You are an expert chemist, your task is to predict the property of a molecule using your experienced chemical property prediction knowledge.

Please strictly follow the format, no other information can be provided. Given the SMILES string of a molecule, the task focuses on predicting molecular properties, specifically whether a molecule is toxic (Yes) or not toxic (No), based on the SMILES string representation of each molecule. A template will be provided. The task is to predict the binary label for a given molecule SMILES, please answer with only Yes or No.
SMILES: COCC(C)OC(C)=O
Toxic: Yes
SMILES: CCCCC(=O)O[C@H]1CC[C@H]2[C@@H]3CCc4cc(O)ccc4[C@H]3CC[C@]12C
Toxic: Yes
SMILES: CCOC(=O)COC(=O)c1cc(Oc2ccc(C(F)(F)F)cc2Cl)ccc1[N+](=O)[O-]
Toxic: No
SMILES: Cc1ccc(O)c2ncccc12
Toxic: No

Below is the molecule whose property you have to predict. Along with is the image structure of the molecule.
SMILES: COCCOCCO
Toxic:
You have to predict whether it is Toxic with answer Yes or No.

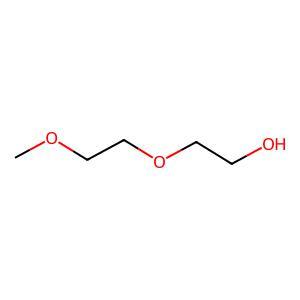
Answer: No